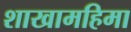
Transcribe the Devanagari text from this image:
शाखामहिमा